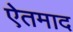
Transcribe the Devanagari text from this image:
ऐतमाद